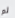
لم